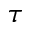
\tau